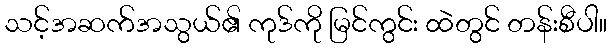
သင့်အဆက်အသွယ်၏ ကုဒ်ကို မြင်ကွင်း ထဲတွင် တန်းစီပါ။